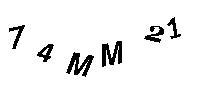
74MM21